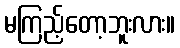
မကြည့်တော့ဘူးလား။